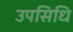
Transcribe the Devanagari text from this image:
उपसिधि